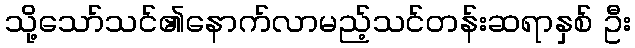
သို့သော်သင်၏နောက်လာမည့်သင်တန်းဆရာနှစ် ဦး